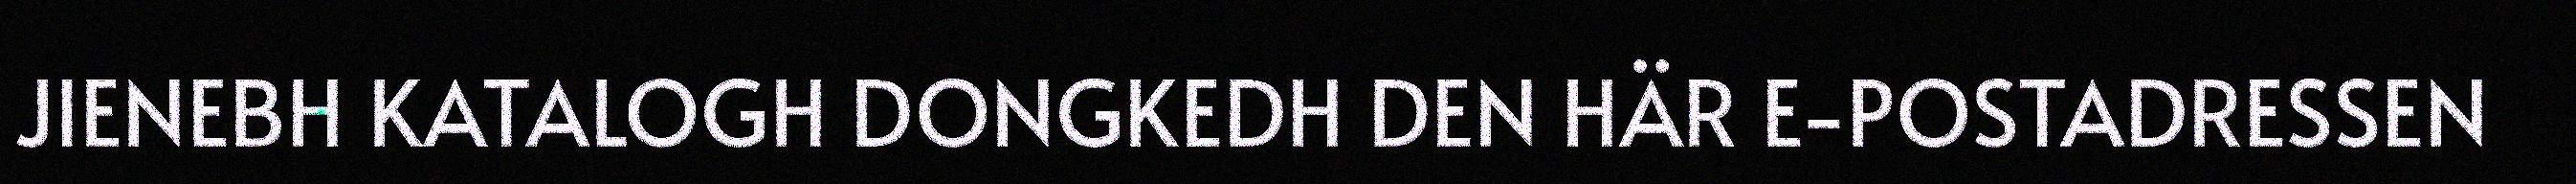
JIENEBH KATALOGH DONGKEDH DEN HÄR E-POSTADRESSEN